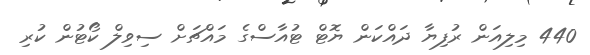
440 މިލިއަން ރުފިޔާ ދައްކަން ޔޮޓް ޓުއާސްގެ މައްޗަށް ސިވިލް ކޯޓުން ކުރި